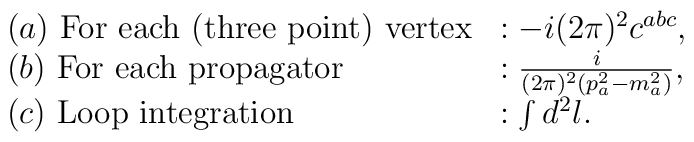
\begin{array}{ll}(a)~ \mbox{For each (three point) vertex} &:  -i(2\pi)^2 c^{abc},  \\(b)~ \mbox{For each propagator}   &: \frac{i}{(2\pi)^2(p_a^2-m_a^2)},   \\(c)~ \mbox{Loop integration}      &: \int d^2 l .\end{array}